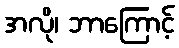
အလို၊ ဘာကြောင့်